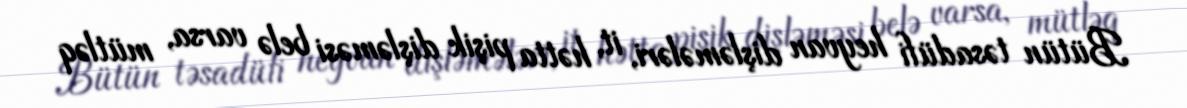
Bütün təsadüfi heyvan dişləmələri, it, hətta pişik dişləməsi belə varsa, mütləq